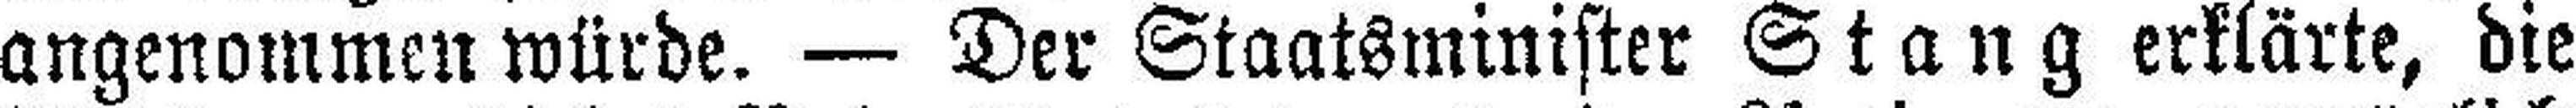
angenommen würde. — Der Staatsminister Stang erklärte, die